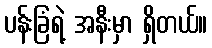
ပန်းခြံရဲ့ အနီးမှာ ရှိတယ်။